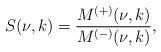
LaTeX: \begin{align*}S(\nu,k)=\frac{M^{(+)}(\nu,k)}{M^{(-)}(\nu,k)},\end{align*}